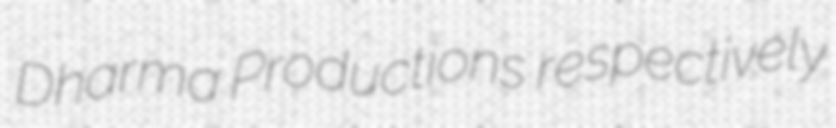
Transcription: Dharma Productions respectively